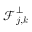
\boldsymbol { \mathcal { F } } _ { j , \boldsymbol { k } } ^ { \bot }